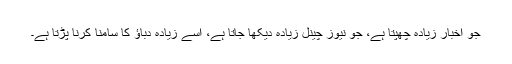
جو اخبار زیادہ چھپتا ہے، جو نیوز چینل زیادہ دیکھا جاتا ہے، اسے زیادہ دباؤ کا سامنا کرنا پڑتا ہے۔